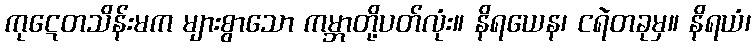
ကုဋေတသိန်းမက များစွာသော ကမ္ဘာတို့ပတ်လုံး။ နိရယေန၊ ငရဲတခုမှ။ နိရယံ၊